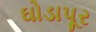
ઘોડાપૂર